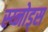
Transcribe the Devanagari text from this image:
स्य्नोड्स